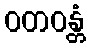
ဝတဝန္တံ